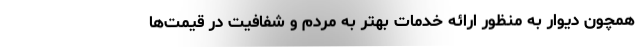
همچون دیوار به منظور ارائه خدمات بهتر به مردم و شفافیت در قیمت‌ها